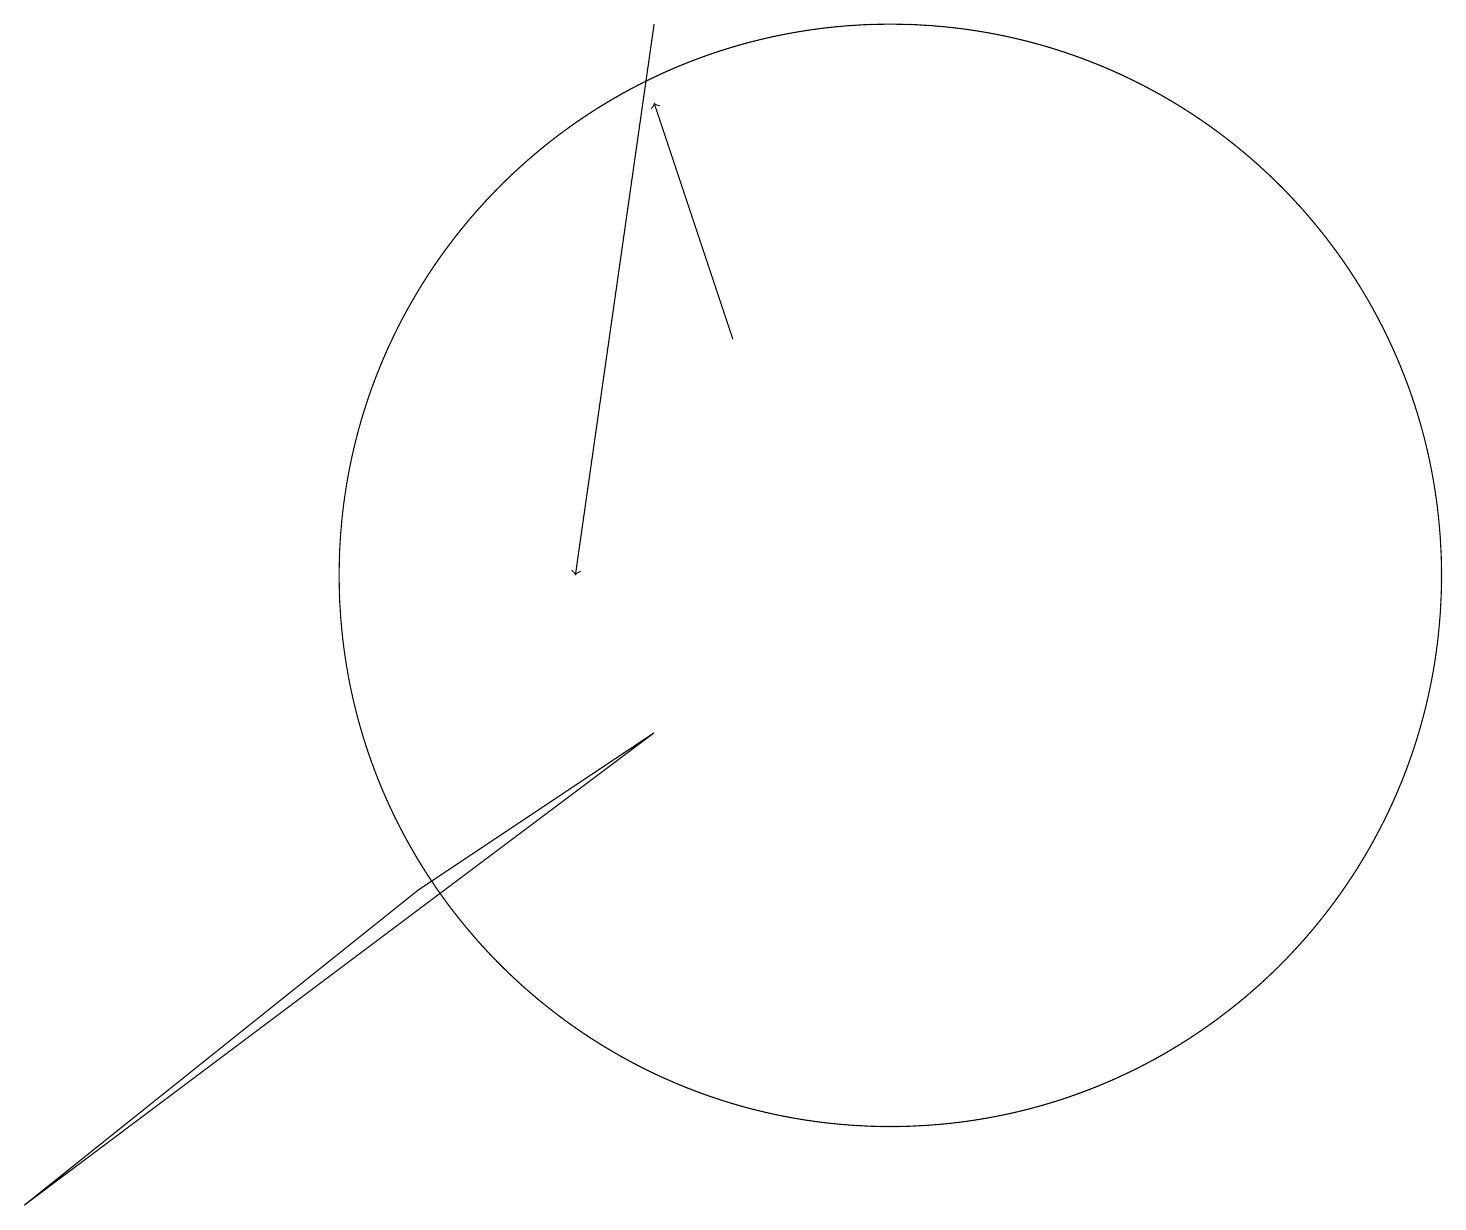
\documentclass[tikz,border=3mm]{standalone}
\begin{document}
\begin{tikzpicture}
\draw[->] (8,17) -- (7,10);
\draw (0,2) -- (8,8) -- (5,6) -- cycle;
\draw[->] (9,13) -- (8,16);
\draw (11,10) circle (7);
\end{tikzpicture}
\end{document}